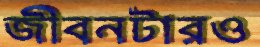
জীবনটারও